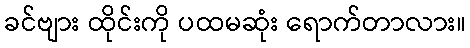
ခင်ဗျား ထိုင်းကို ပထမဆုံး ရောက်တာလား။